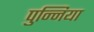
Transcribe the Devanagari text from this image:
पुन्निया